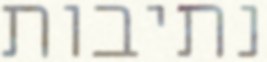
נתיבות